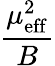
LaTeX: \frac{\mu_{\mathrm{eff}}^{2}}{B}